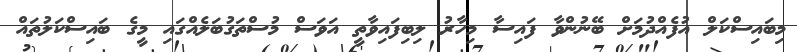
މިބައިސްކަލް އުފެއްދުމަށް ބޭނުންވާ ފައިސާ މިހާރު ލިބިފައިވާތީ އަވަސް މުސްތަގުބަލެއްގައި މީގެ ބައިސްކަލުތައް